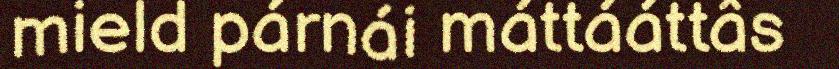
mield párnái máttááttâs